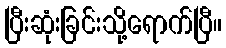
ပြီးဆုံးခြင်းသို့ရောက်ပြီ။